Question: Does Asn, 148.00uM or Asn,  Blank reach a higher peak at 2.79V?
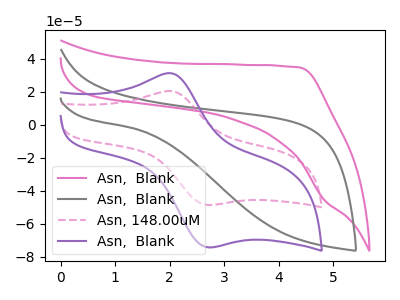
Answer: <think>The pink curve "Asn,  Blank" has no peaks. The gray curve "Asn,  Blank" has no peaks. The pink dashed curve "Asn, 148.00uM" has an anodic peak at (2.05V, 20.35uA) and a cathodic peak at (2.80V, -48.60uA). The purple curve "Asn,  Blank" has an anodic peak at (2.05V, 31.15uA) and a cathodic peak at (2.80V, -74.30uA).</think>
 <answer>The peak at 2.79V is lower in "Asn, 148.00uM" than in "Asn,  Blank".</answer>
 <eval>lower</eval>